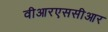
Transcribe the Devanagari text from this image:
वीआरएससीआर